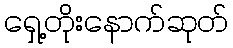
ရှေ့တိုးနောက်ဆုတ်